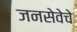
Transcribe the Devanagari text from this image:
जनसेवेचे